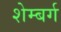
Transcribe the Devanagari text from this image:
शेम्बर्ग